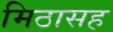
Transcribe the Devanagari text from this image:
मिठासह